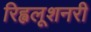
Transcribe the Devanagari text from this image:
रिह्वलूशनरी